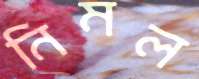
নিমল